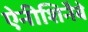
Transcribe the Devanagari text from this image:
ऐनीशिनैबे